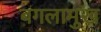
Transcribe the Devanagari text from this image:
बगलामुख